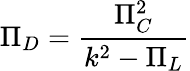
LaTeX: \Pi_{D}={\frac{\Pi_{C}^{2}}{k^{2}-\Pi_{L}}}